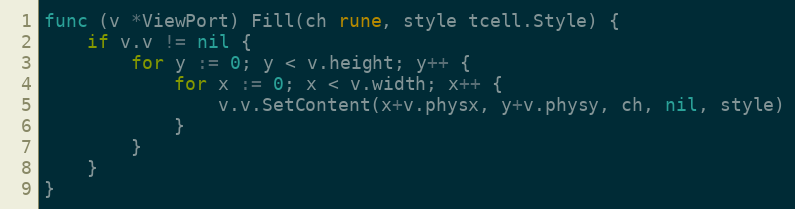
Language: Go
func (v *ViewPort) Fill(ch rune, style tcell.Style) {
	if v.v != nil {
		for y := 0; y < v.height; y++ {
			for x := 0; x < v.width; x++ {
				v.v.SetContent(x+v.physx, y+v.physy, ch, nil, style)
			}
		}
	}
}